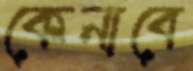
কেনাবে